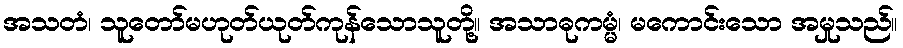
အသတံ၊ သူတော်မဟုတ်ယုတ်ကုန်သောသူတို့။ အသာဓုကမ္မံ၊ မကောင်းသော အမှုသည်။